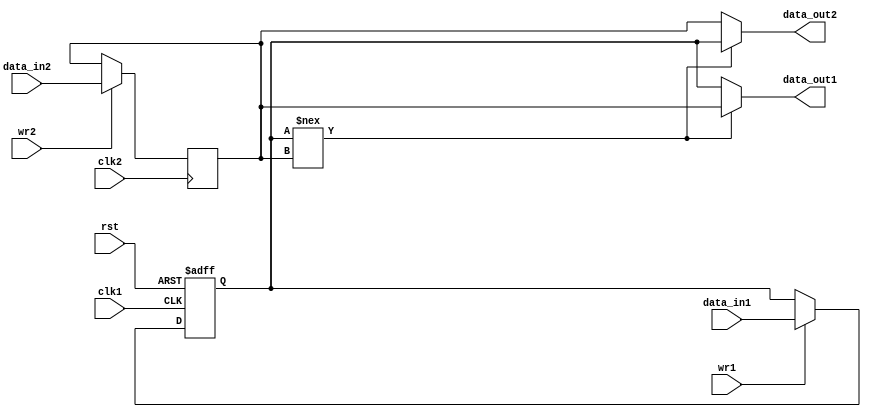
module bypass_register (
    input wire clk1,
    input wire rst,
    input wire [7:0] data_in1,
    input wire wr1,
    output reg [7:0] data_out1,
    input wire clk2,
    input wire [7:0] data_in2,
    input wire wr2,
    output reg [7:0] data_out2
);

reg [7:0] reg1, reg2;

always @(posedge clk1 or posedge rst) begin
    if (rst) begin
        reg1 <= 8'b0;
    end else begin
        if (wr1) begin
            reg1 <= data_in1;
        end
    end
end

always @(posedge clk2) begin
    if (wr2) begin
        reg2 <= data_in2;
    end
end

always @(*) begin
    if (reg1 !== reg2) begin
        data_out1 <= reg2;
        data_out2 <= reg1;
    end else begin
        data_out1 <= reg1;
        data_out2 <= reg2;
    end
end

endmodule